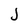
Character: J